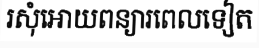
រសុំអោយពន្យារពេលទៀត